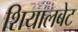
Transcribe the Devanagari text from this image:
शियालबेट